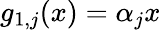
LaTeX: g_{1,j}(x)=\alpha_{j}x